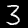
Label: 3